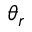
\theta _ { r }